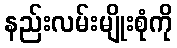
နည်းလမ်းမျိုးစုံကို